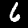
Label: 6